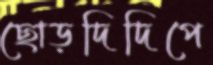
ছোড়দিদিপে